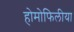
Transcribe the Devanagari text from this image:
होमोफिलीया